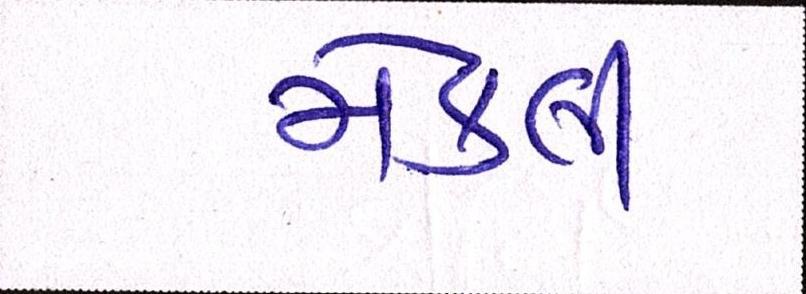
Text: મેકલી